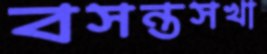
বসন্তসখা